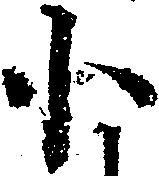
小